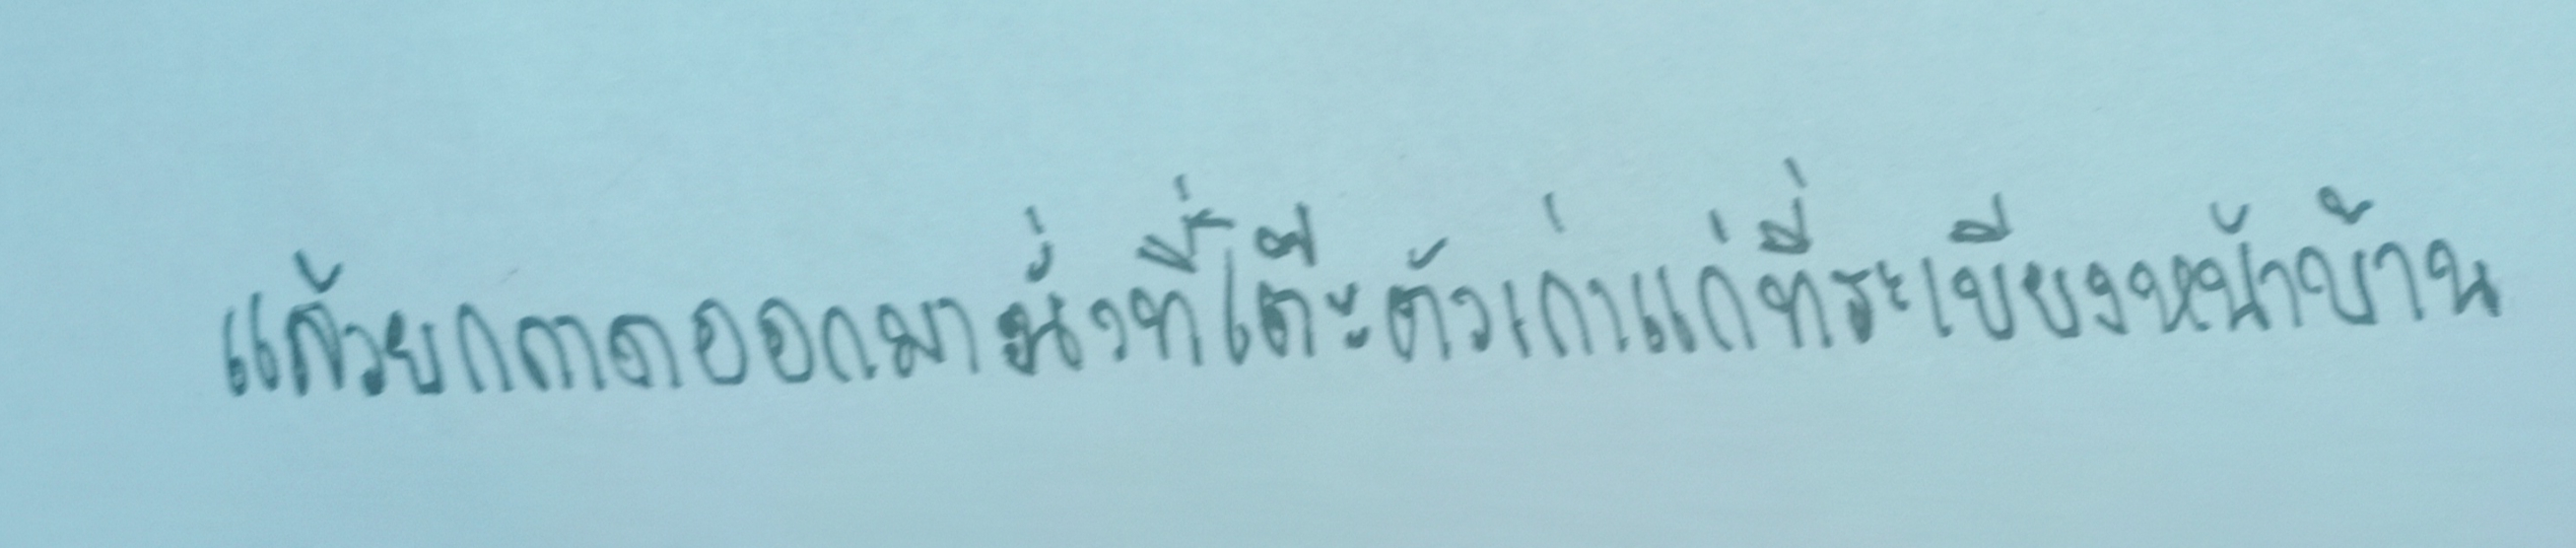
แล้วยกถาดออกมานั่งที่โต๊ะไม้ตัวเก่าแก่ที่ระเบียงหน้าบ้าน